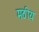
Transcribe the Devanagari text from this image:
मठीय